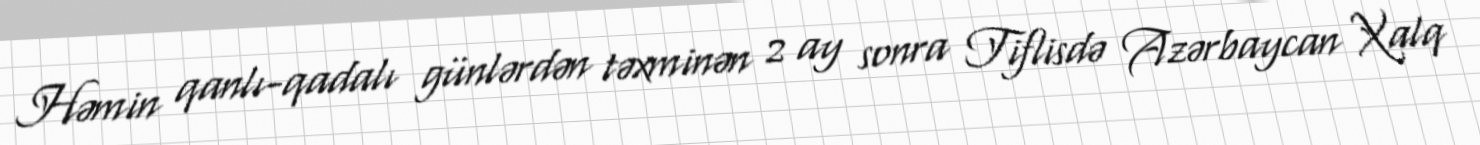
Həmin qanlı-qadalı günlərdən təxminən 2 ay sonra Tiflisdə Azərbaycan Xalq